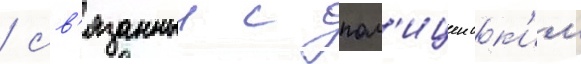
/ св'язанныи с пол'ицеиск'им